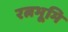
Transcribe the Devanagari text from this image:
रत्नभूमि